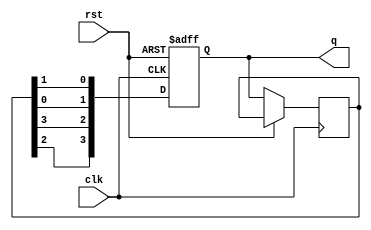
module johnson_counter(
  input clk,
  input rst,
  output reg [3:0] q
);

reg [3:0] tmp;

always @(posedge clk or posedge rst) begin
  if (rst) begin
    q <= 4'b0001;
  end else begin
    tmp <= q;
    q <= {tmp[2], tmp[3], tmp[0], tmp[1]}; // Feedback connection
  end
end

endmodule